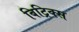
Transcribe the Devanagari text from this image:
बिट्रिक्स